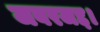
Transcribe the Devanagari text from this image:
जबरजद्द।